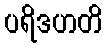
ပရိဒဟတိ